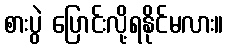
စားပွဲ ပြောင်းလို့ရနိုင်မလား။